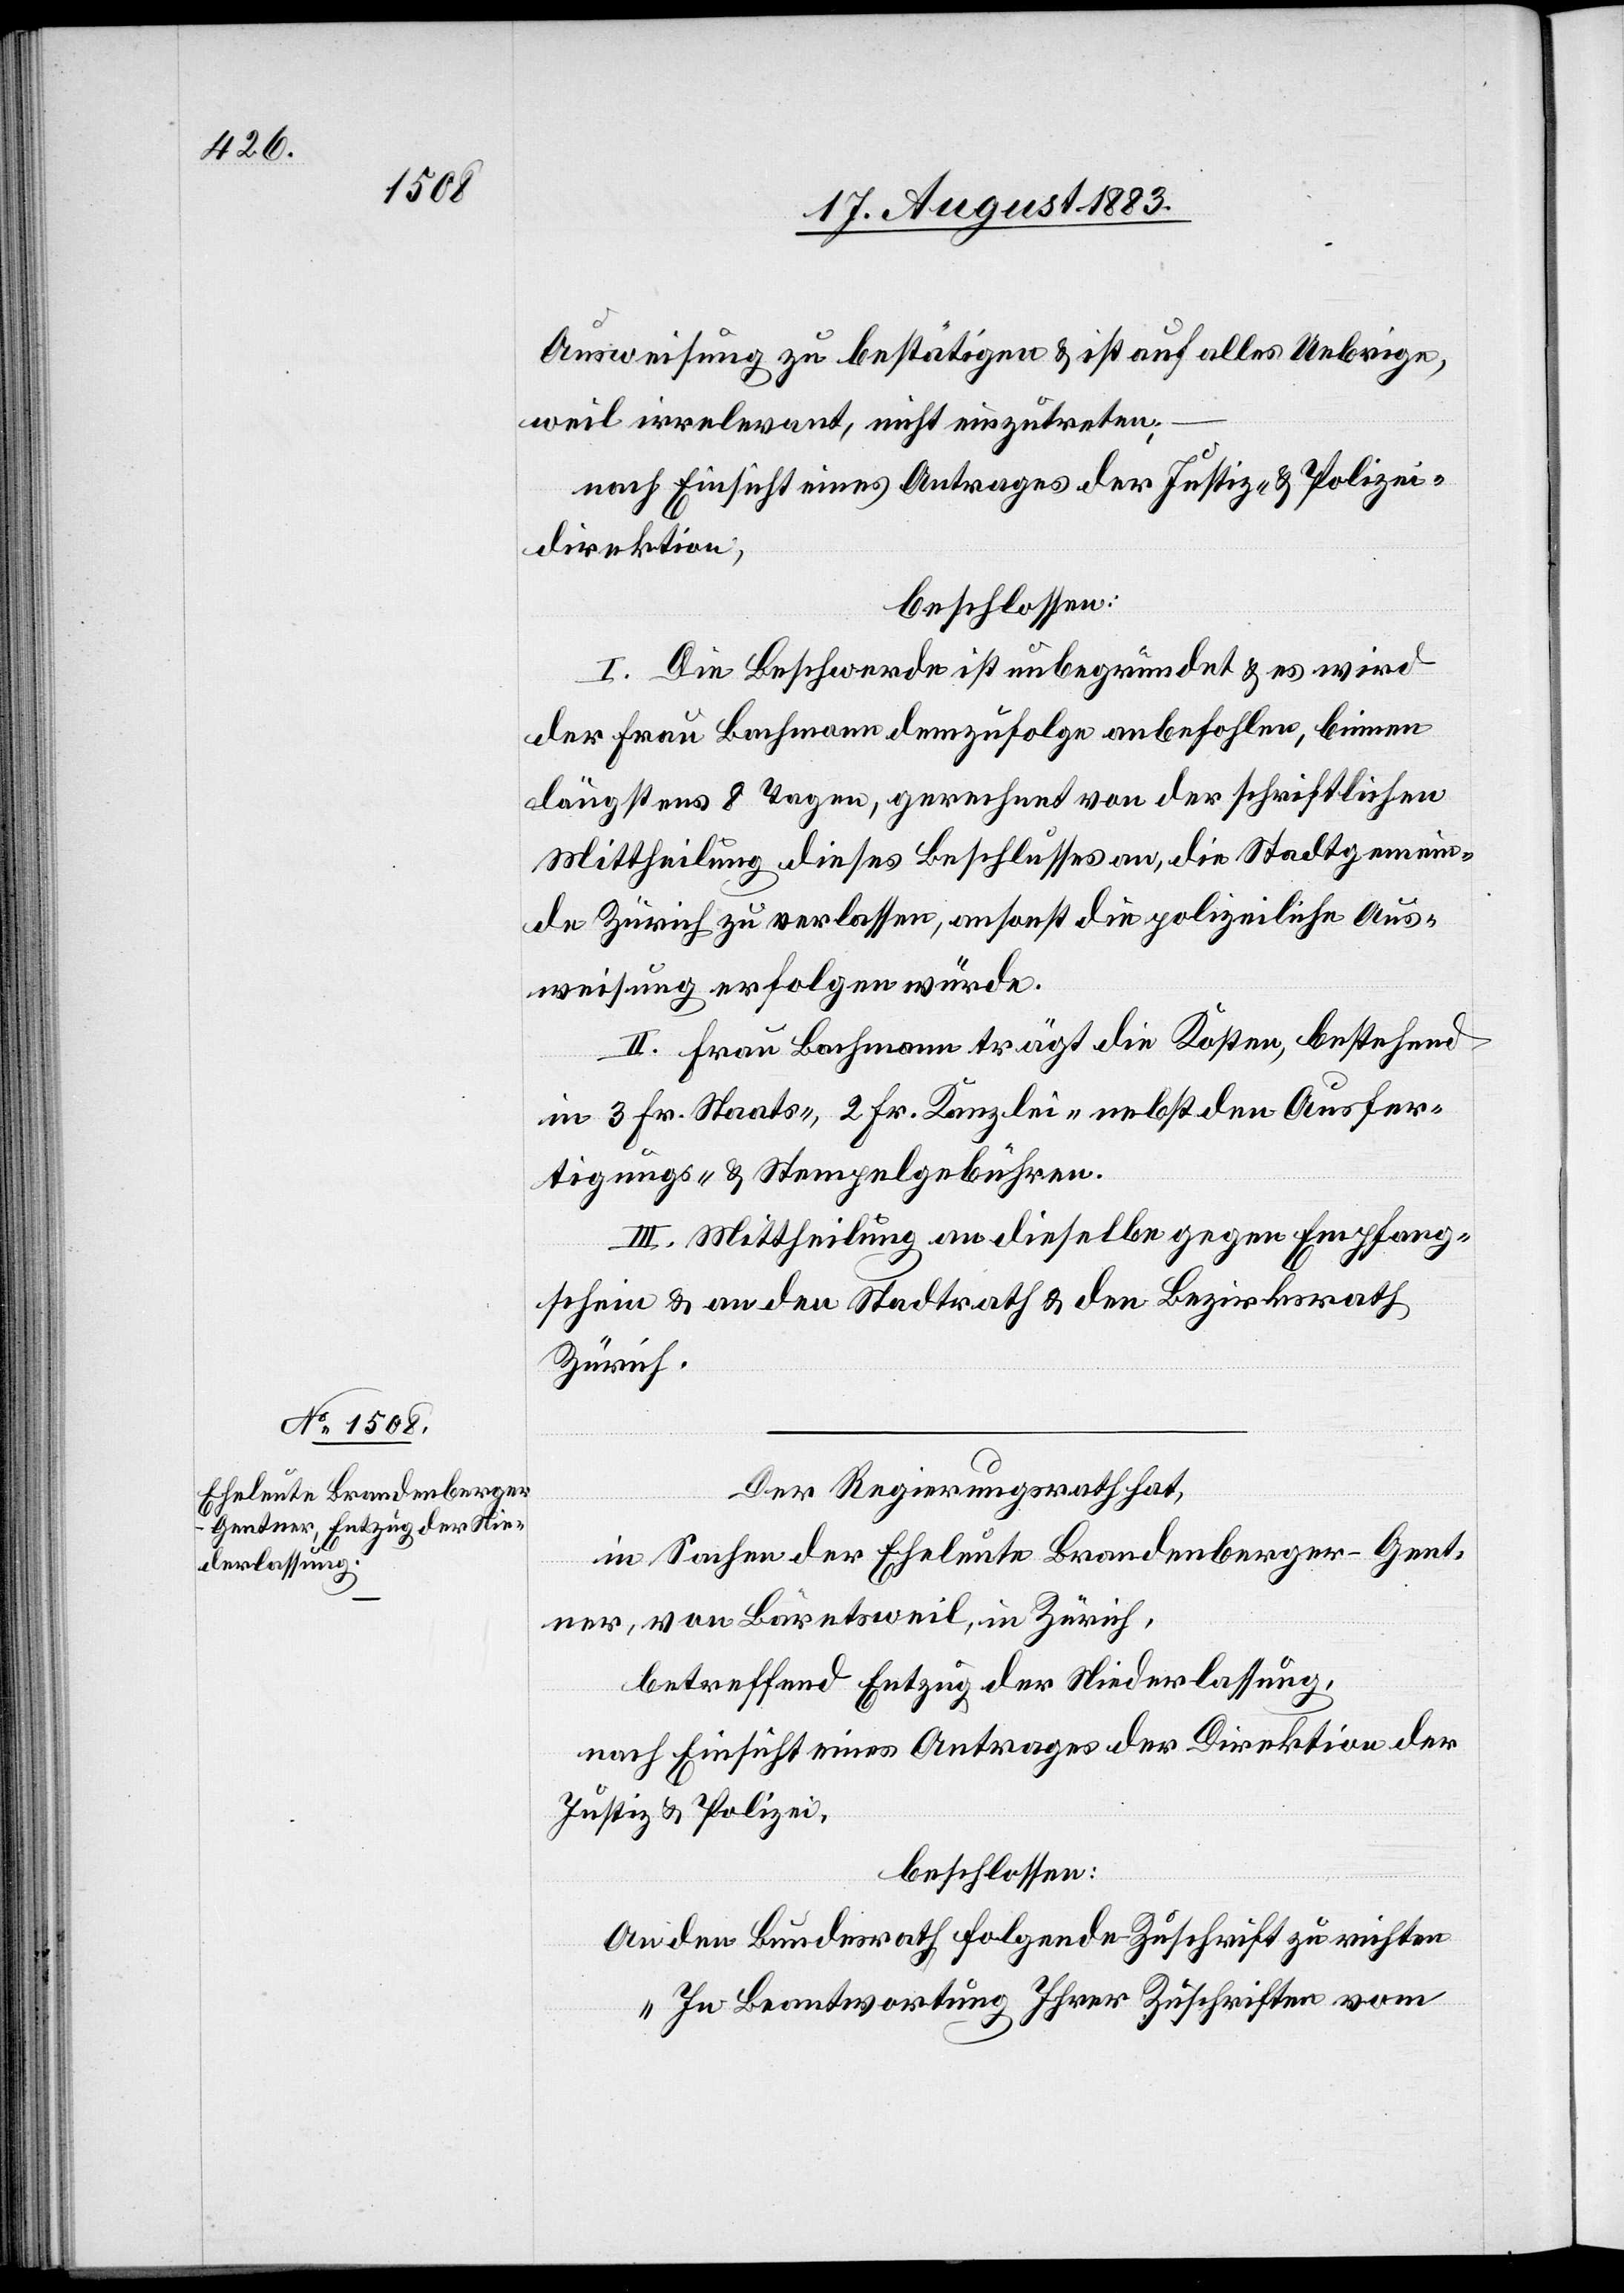
Ausweisung zu bestätigen & ist auf alles Uebrige,
weil irrelevant, nicht einzutreten;
nach Einsicht eines Antrages der Justiz- & Polizei¬
direktion,
beschlossen:
I. Die Beschwerde ist unbegründet & es wird
der Frau Bachmann demzufolge anbefohlen, binnen
längstens 8 Tagen, gerechnet von der schriftlichen
Mittheilung dieses Beschlusses an, die Stadtgemein¬
de Zürich zu verlassen, ansonst die polizeiliche Aus¬
weisung erfolgen würde.
II. Frau Bachmann trägt die Kosten, bestehend
in 3 Fr. Staats-, 2 Fr. Kanzlei- nebst den Ausfer¬
tigungs- & Stempelgebühren.
III. Mittheilung an dieselbe gegen Empfang¬
schein & an den Stadtrath & den Bezirksrath
Zürich.
Der Regierungsrath hat,
in Sachen der Eheleute Brandenberger-Gent¬
ner, von Bäretsweil, in Zürich,
betreffend Entzug der Niederlassung,
nach Einsicht eines Antrages der Direktion der
Justiz & Polizei,
beschlossen:
An den Bundesrath folgende Zuschrift zu richten[:]
„In Beantwortung Ihrer Zuschriften vom